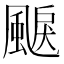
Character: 𩗭